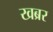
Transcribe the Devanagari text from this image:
खब्रर